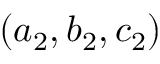
( a _ { 2 } , b _ { 2 } , c _ { 2 } )